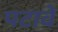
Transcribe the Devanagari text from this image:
पटावे